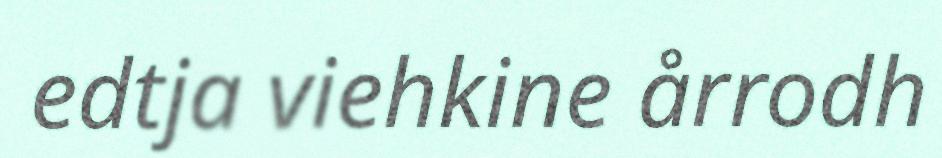
edtja viehkine årrodh